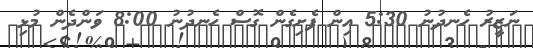
ނަޒީރު ހެނދުނު 5:30 އިން ފެށިގެން ގޮސް ހެނދުނު 8:00 ވަންދެން މުޅި